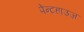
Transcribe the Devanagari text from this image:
पेन्टहाउज़